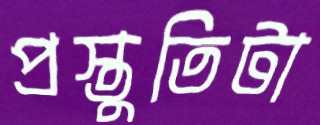
প্রস্তুতিটা